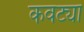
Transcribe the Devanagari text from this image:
कवट्या